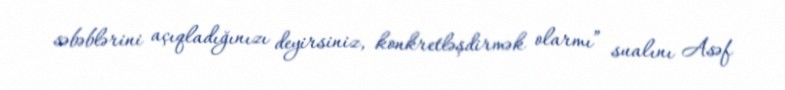
səbəblərini açıqladığınızı deyirsiniz, konkretləşdirmək olarmı” sualını Asəf